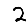
Digit: 2